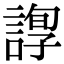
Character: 𧪂